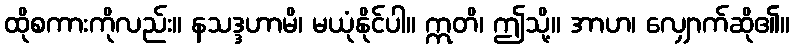
ထိုစကားကိုလည်း။ နသဒ္ဒဟာမိ၊ မယုံနိုင်ပါ။ ဣတိ၊ ဤသို့။ အာဟ၊ လျှောက်ဆို၏။